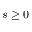
s \ge 0